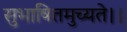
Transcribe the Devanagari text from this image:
सुभाषितमुच्यते।।